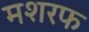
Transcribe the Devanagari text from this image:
मशरफ